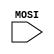
module Slave(input MOSI,);\n\nendmodule